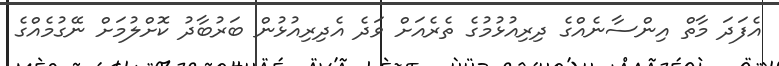
އެފަދަ މާތް އިންސާނެއްގެ ދިރިއުޅުމުގެ ތެރެއަށް ވަދެ އެދިރިއުޅުން ބަރުބާދު ކޮށްލުމަށް ނޭގުމެއްގެ